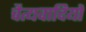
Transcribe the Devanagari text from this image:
चैत्यवादियों